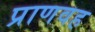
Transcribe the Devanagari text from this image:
प्राणवह